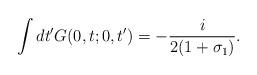
LaTeX: \begin{align*}\int dt'G(0,t ;0,t')=-\frac{i}{2(1+\sigma_{1})}.\end{align*}